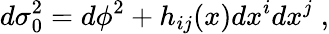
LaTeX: d\sigma_{0}^{2}=d\phi^{2}+h_{ij}(x)dx^{i}dx^{j}\; ,